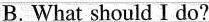
B.What should I do?